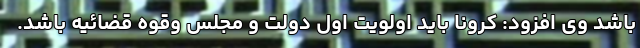
باشد وی افزود: کرونا باید اولویت اول دولت و مجلس وقوه قضائیه باشد.